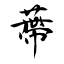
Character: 蔕